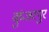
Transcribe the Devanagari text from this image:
कुंजरपुर